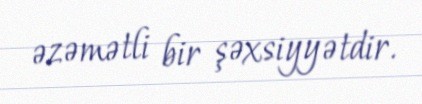
əzəmətli bir şəxsiyyətdir.